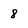
Character: 8